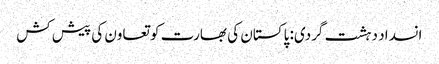
انسداد دہشت گردی: پاکستان کی بھارت کو تعاون کی پیش کش